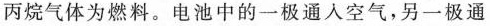
丙烷气体为燃料。电池中的一极通人空气，另一极通